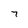
Character: 7